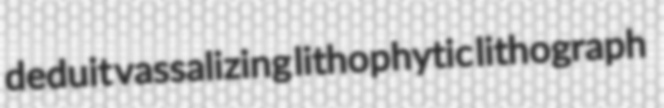
deduit vassalizing lithophytic lithograph